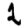
Digit: 2